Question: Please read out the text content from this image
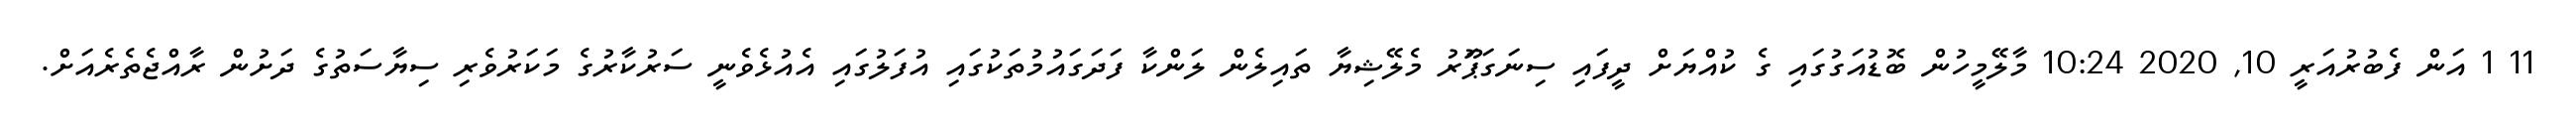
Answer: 11 1 އަން ފެބުރުއަރީ 10, 2020 10:24 މާލޭމީހުން ބޮޑުއަގުގައި ގެ ކުއްޔަށް ދީފައި ސިނަގަޕަޫރު މެލޭޝިޔާ ތައިލެން ލަންކާ ފަދަގައުމުތަކުގައި އުފަލުގައި އެއުޅެވެނީ ސަރުކާރުގެ މަކަރުވެރި ސިޔާސަތުގެ ދަށުން ރާއްޖެތެރެއަށް.